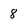
Character: 8